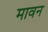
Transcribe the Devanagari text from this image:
मावन